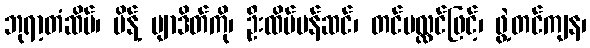
ဘုရာ့တံဆိပ်၊ မိန့် ဗျာဒိတ်ကို၊ ဦးထိပ်ပန်ဆင်၊ တင်ပလ္လင်ဖြင့်၊ ဖွဲ့တင်ကျန၊